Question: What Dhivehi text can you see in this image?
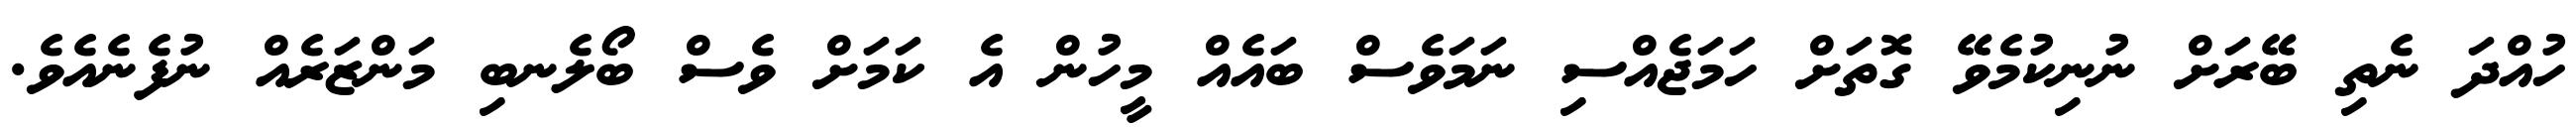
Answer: ހުއްދަ ނެތި ބޭރަށް ނުނިކުމެވޭ ގޮތަށް ހަމަޖެއްސި ނަމަވެސް ބައެއް މީހުން އެ ކަމަށް ވެސް ބޯލެނބި މަންޒަރެއް ނުފެނެއެވެ.